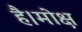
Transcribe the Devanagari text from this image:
है।मोक्ष